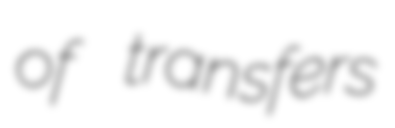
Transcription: of transfers